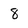
Character: 8